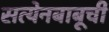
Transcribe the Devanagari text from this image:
सत्येनबाबूची